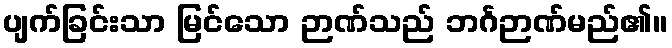
ပျက်ခြင်းသာ မြင်သော ဉာဏ်သည် ဘင်္ဂဉာဏ်မည်၏။